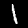
Label: 1